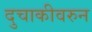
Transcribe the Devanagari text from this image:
दुचाकीवरुन